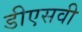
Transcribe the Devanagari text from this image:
डीएसवी